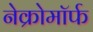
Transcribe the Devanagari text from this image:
नेक्रोमॉर्फ